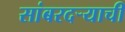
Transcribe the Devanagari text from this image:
सांबरदर्‍याची